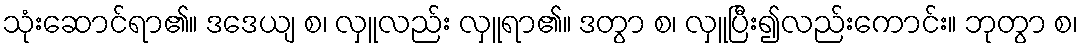
သုံးဆောင်ရာ၏။ ဒဒေယျ စ၊ လှူလည်း လှူရာ၏။ ဒတွာ စ၊ လှူပြီး၍လည်းကောင်း။ ဘုတွာ စ၊